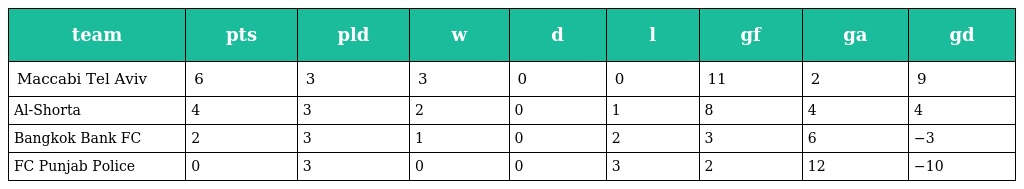
| team | pts | pld | w | d | l | gf | ga | gd |
 | --- | --- | --- | --- | --- | --- | --- | --- | --- |
 | Maccabi Tel Aviv | 6 | 3 | 3 | 0 | 0 | 11 | 2 | 9 |
 | Al-Shorta | 4 | 3 | 2 | 0 | 1 | 8 | 4 | 4 |
 | Bangkok Bank FC | 2 | 3 | 1 | 0 | 2 | 3 | 6 | −3 |
 | FC Punjab Police | 0 | 3 | 0 | 0 | 3 | 2 | 12 | −10 |